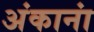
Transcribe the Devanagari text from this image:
अंकानां